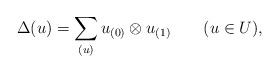
\begin{align*}\Delta(u)=\sum_{(u)}u_{(0)}\otimes u_{(1)}\qquad(u\in U),\end{align*}